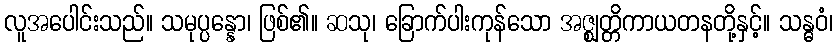
လူအပေါင်းသည်။ သမုပ္ပန္နော၊ ဖြစ်၏။ ဆသု၊ ခြောက်ပါးကုန်သော အဇ္ဈတ္တိကာယတနတို့နှင့်။ သန္ဓဝံ၊